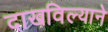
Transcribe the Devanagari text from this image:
दाखविल्याने